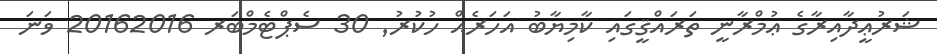
ޝަރުޢީދާއިރާގެ ޢުމްރާނީ ތަރައްޤީގައި ކާމިޔާބު އަހަރެއް ހުކުރު